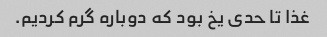
غذا تا حدی یخ بود که دوباره گرم کردیم.